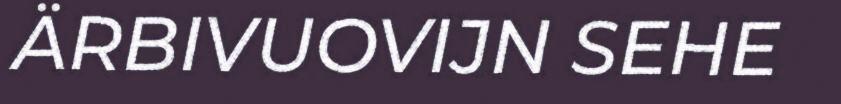
ÄRBIVUOVIJN SEHE